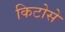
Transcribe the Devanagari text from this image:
किटोसे